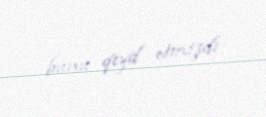
bunu qeyd etmişdi.